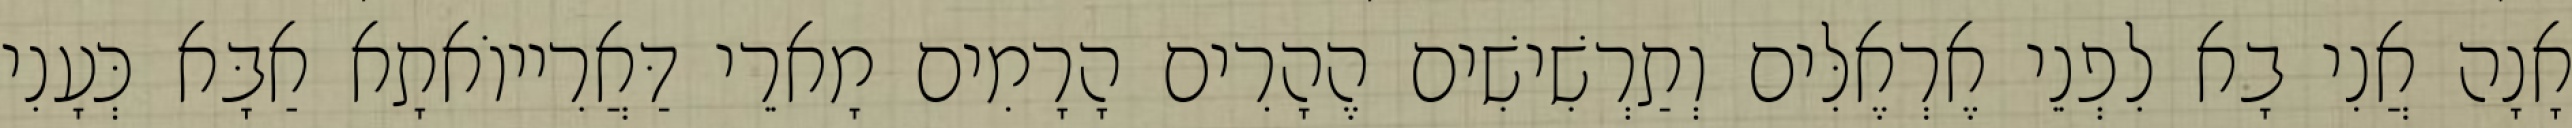
אָנָה אֲנִי בָא לִפְנֵי אֶרְאֶלִּים וְתַרְשִׁישִׁים הֶהָרִים הָרָמִים מָארֵי דַּאֲרִייוֹאתָא אַבָּא כְּעָנִי